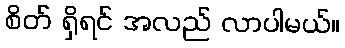
စိတ် ရှိရင် အလည် လာပါမယ်။